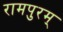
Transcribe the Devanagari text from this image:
रामपुरम्